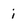
Character: i